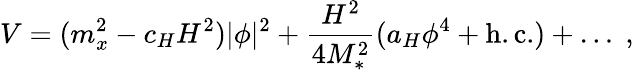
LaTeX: V=(m_{x}^{2}-c_{H}H^{2})|\phi|^{2}+\frac{H^{2}}{4M_{*}^{2}}(a_{H}\phi^{4}+\mathrm{h.c.})+\ldots\; ,